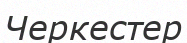
Черкестер